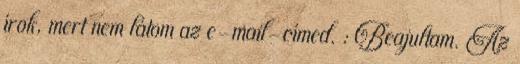
írok, mert nem látom az e-mail-címed. : Beajultam. Az